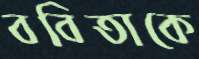
ববিতাকে